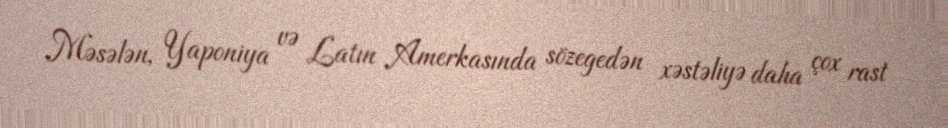
Məsələn, Yaponiya və Latın Amerkasında sözegedən xəstəliyə daha çox rast